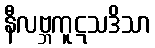
နီလဗ္ဘကူဋသဒိသာ